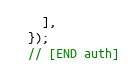
Language: JavaScript
    ],
  });
  // [END auth]